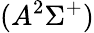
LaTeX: (A^{2}\Sigma^{+})